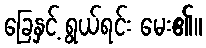
ခြေနှင့် ရွယ်ရင်း မေး၏။